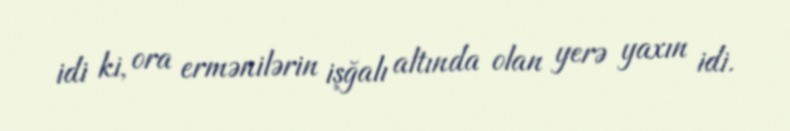
idi ki, ora ermənilərin işğalı altında olan yerə yaxın idi.